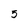
Character: 5